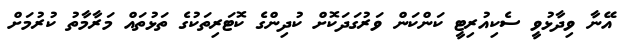
އޭނާ ވިދާޅުވީ ސެކިއުރިޓީ ކަންކަން ވަރުގަދަކޮށް ކުދިންގެ ކޮޓަރިތަކުގެ ތަޅުތައް މަރާމާތު ކުރުމަށް